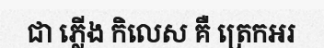
ជា ភ្លើង កិលេស គឺ ត្រេកអរ